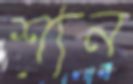
শ্যন